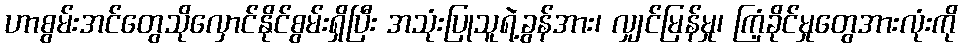
ဟာစွမ်းအင်တွေသိုလှောင်နိုင်စွမ်းရှိပြီး အသုံးပြုသူရဲ့ခွန်အား၊ လျှင်မြန်မှု၊ ကြံ့ခိုင်မှုတွေအားလုံးကို